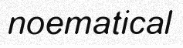
noematical